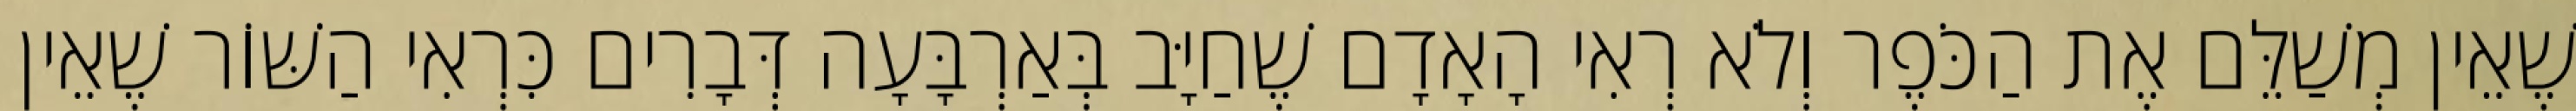
שֶׁאֵין מְשַׁלֵּם אֶת הַכֹּפֶר וְלֹא רְאִי הָאָדָם שֶׁחַיָּב בְּאַרְבָּעָה דְּבָרִים כִּרְאִי הַשּׁוֹר שֶׁאֵין